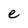
Character: e